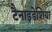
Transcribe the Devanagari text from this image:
टैनाइडेशिया